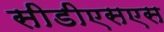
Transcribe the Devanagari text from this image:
सीडीएसएस